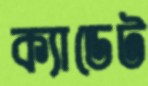
ক্যাডেট